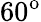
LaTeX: \textup{60}^{\textup{o}}